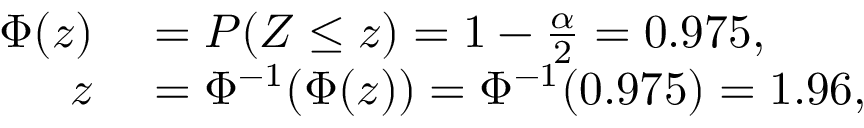
\begin{array} { r l } { \Phi ( z ) } & { { } = P ( Z \leq z ) = 1 - { \frac { \alpha } { 2 } } = 0 . 9 7 5 , } \\ { z } & { { } = \Phi ^ { - 1 } ( \Phi ( z ) ) = \Phi ^ { - 1 } ( 0 . 9 7 5 ) = 1 . 9 6 , } \end{array}